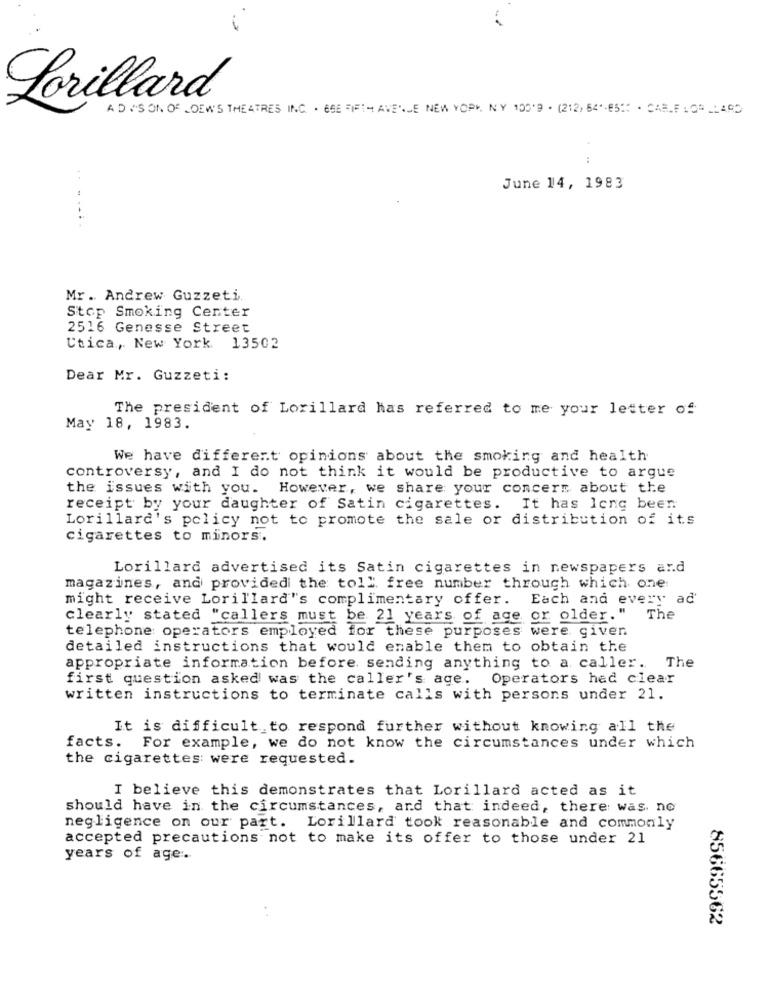
Lorillard
ADISON OF LOEWS THEATRES INC . 6SE FIFTH AVENUE NEW YORK, NY 100'9 - (212, 64"-65" - CARLFLOR_LARD
:
. .
June 14, 1983
......
Mr. Andrew Guzzeti.
Stop Smoking Center
2516 Genesse Street
Ctica, New York 13502
Dear Mr. Guzzeti:
The president of Lorillard has referred to me your letter of
May 18, 1983.
We have different opinions about the smoking and health
controversy, and I do not think it would be productive to argue
the issues with you. However, we share your concern about the
receipt by your daughter of Satin cigarettes. It has long beer.
Lorillard's policy not to promote the sale or distribution of its
cigarettes to minors.
Lorillard advertised its Satin cigarettes in newspapers and
magazines, and provided the toll free number through which one:
might receive Lorillard"s complimentary offer. Each and every ad'
clearly stated "callers must be 21 years of age or older." The
telephone operators employed for these purposes were given
detailed instructions that would enable them to obtain the
The
appropriate information before sending anything to a caller.
first question asked was the caller's age.
Operators hed clear
written instructions to terminate calls with persons under 21.
It is difficult to respond further without knowing all the
facts. For example, we do not know the circumstances under which
the cigarettes were requested.
I believe this demonstrates that Lorillard acted as it
should have in the circumstances, and that indeed, there was. no
negligence on our part. Lorillard took reasonable and commonly
accepted precautions not to make its offer to those under 21
years of age :.
..
85665562